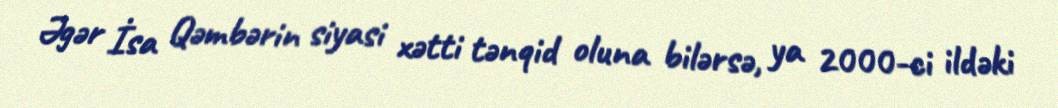
Əgər İsa Qəmbərin siyasi xətti tənqid oluna bilərsə, ya 2000-ci ildəki